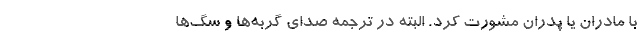
با مادران یا پدران مشورت کرد. البته در ترجمه صدای گربه‌ها و سگ‌ها